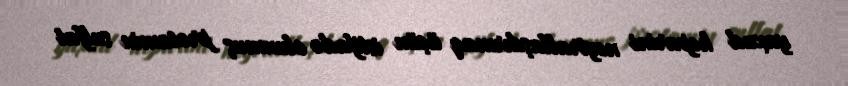
yaxud heparini neytrallaşdırmaq üçün istifadə olunmuş protamin sulfat